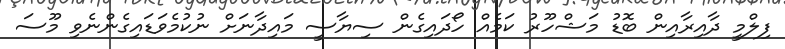
ފިލްމީ ދާއިރާއިން ބޮޑު މަޝްހޫރު ކަމެއް ހޯދައިގެން ސިޔާސީ މައިދާނަށް ނުކުމެވަޑައިގެންނެވި މޫސަ